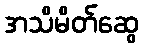
အသိမိတ်ဆွေ